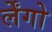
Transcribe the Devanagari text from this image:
र्लेंगो